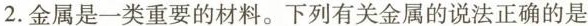
2.金属是一类重要的材料。下列有关金属的说法正确的是